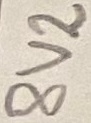
Text: 8V2